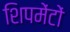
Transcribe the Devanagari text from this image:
शिपमेंटों